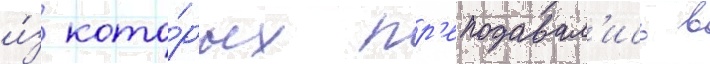
и́з кото́рых пр'еподавал'ись в